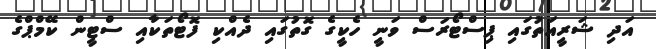
އަދި ޝަރީއަތުގައި ޕިސްޓޯރަސް ވަނީ ހެކީގެ ގޮތުގައި ދެއްކި ފޮޓޯތަކާއި ސްޓީން ކޭމްޕްގެ